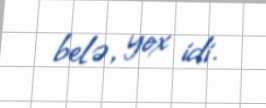
belə, yox idi.